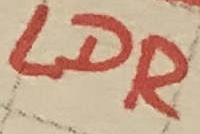
Text: LDR